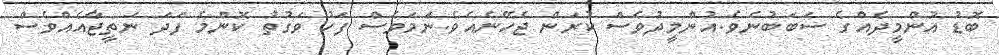
ބޮޑު އުންމީދެއްގެ ސަބަބުނެވެ.އުންމީދުވެސް ކުރަން ޖެހޭނެއެވެ.ނަމަވެސް ފަހު ވަގުތު ކޮންމެ ފަދަ ނަތީޖާއެއްވެސް